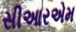
સીઆરએમ